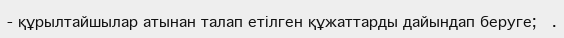
- құрылтайшылар атынан талап етілген құжаттарды дайындап беруге;	  .